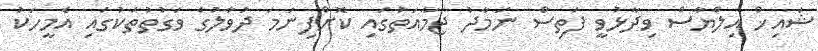
ޝައިޚް އިލްޔާސް ވިދާޅުވީ ފަތިސް ނަމާދު ޖަމާއަތުގައި ކޮށްފިނަމަ ދުވާލުގެ ވަގުތުތަކުގައި އެމީހަކު